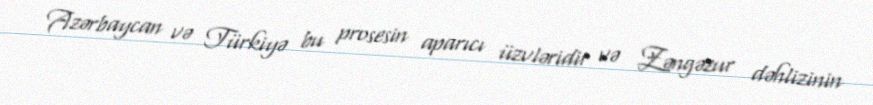
Azərbaycan və Türkiyə bu prosesin aparıcı üzvləridir və Zəngəzur dəhlizinin